Trukikaitis_Postimees, lk 37
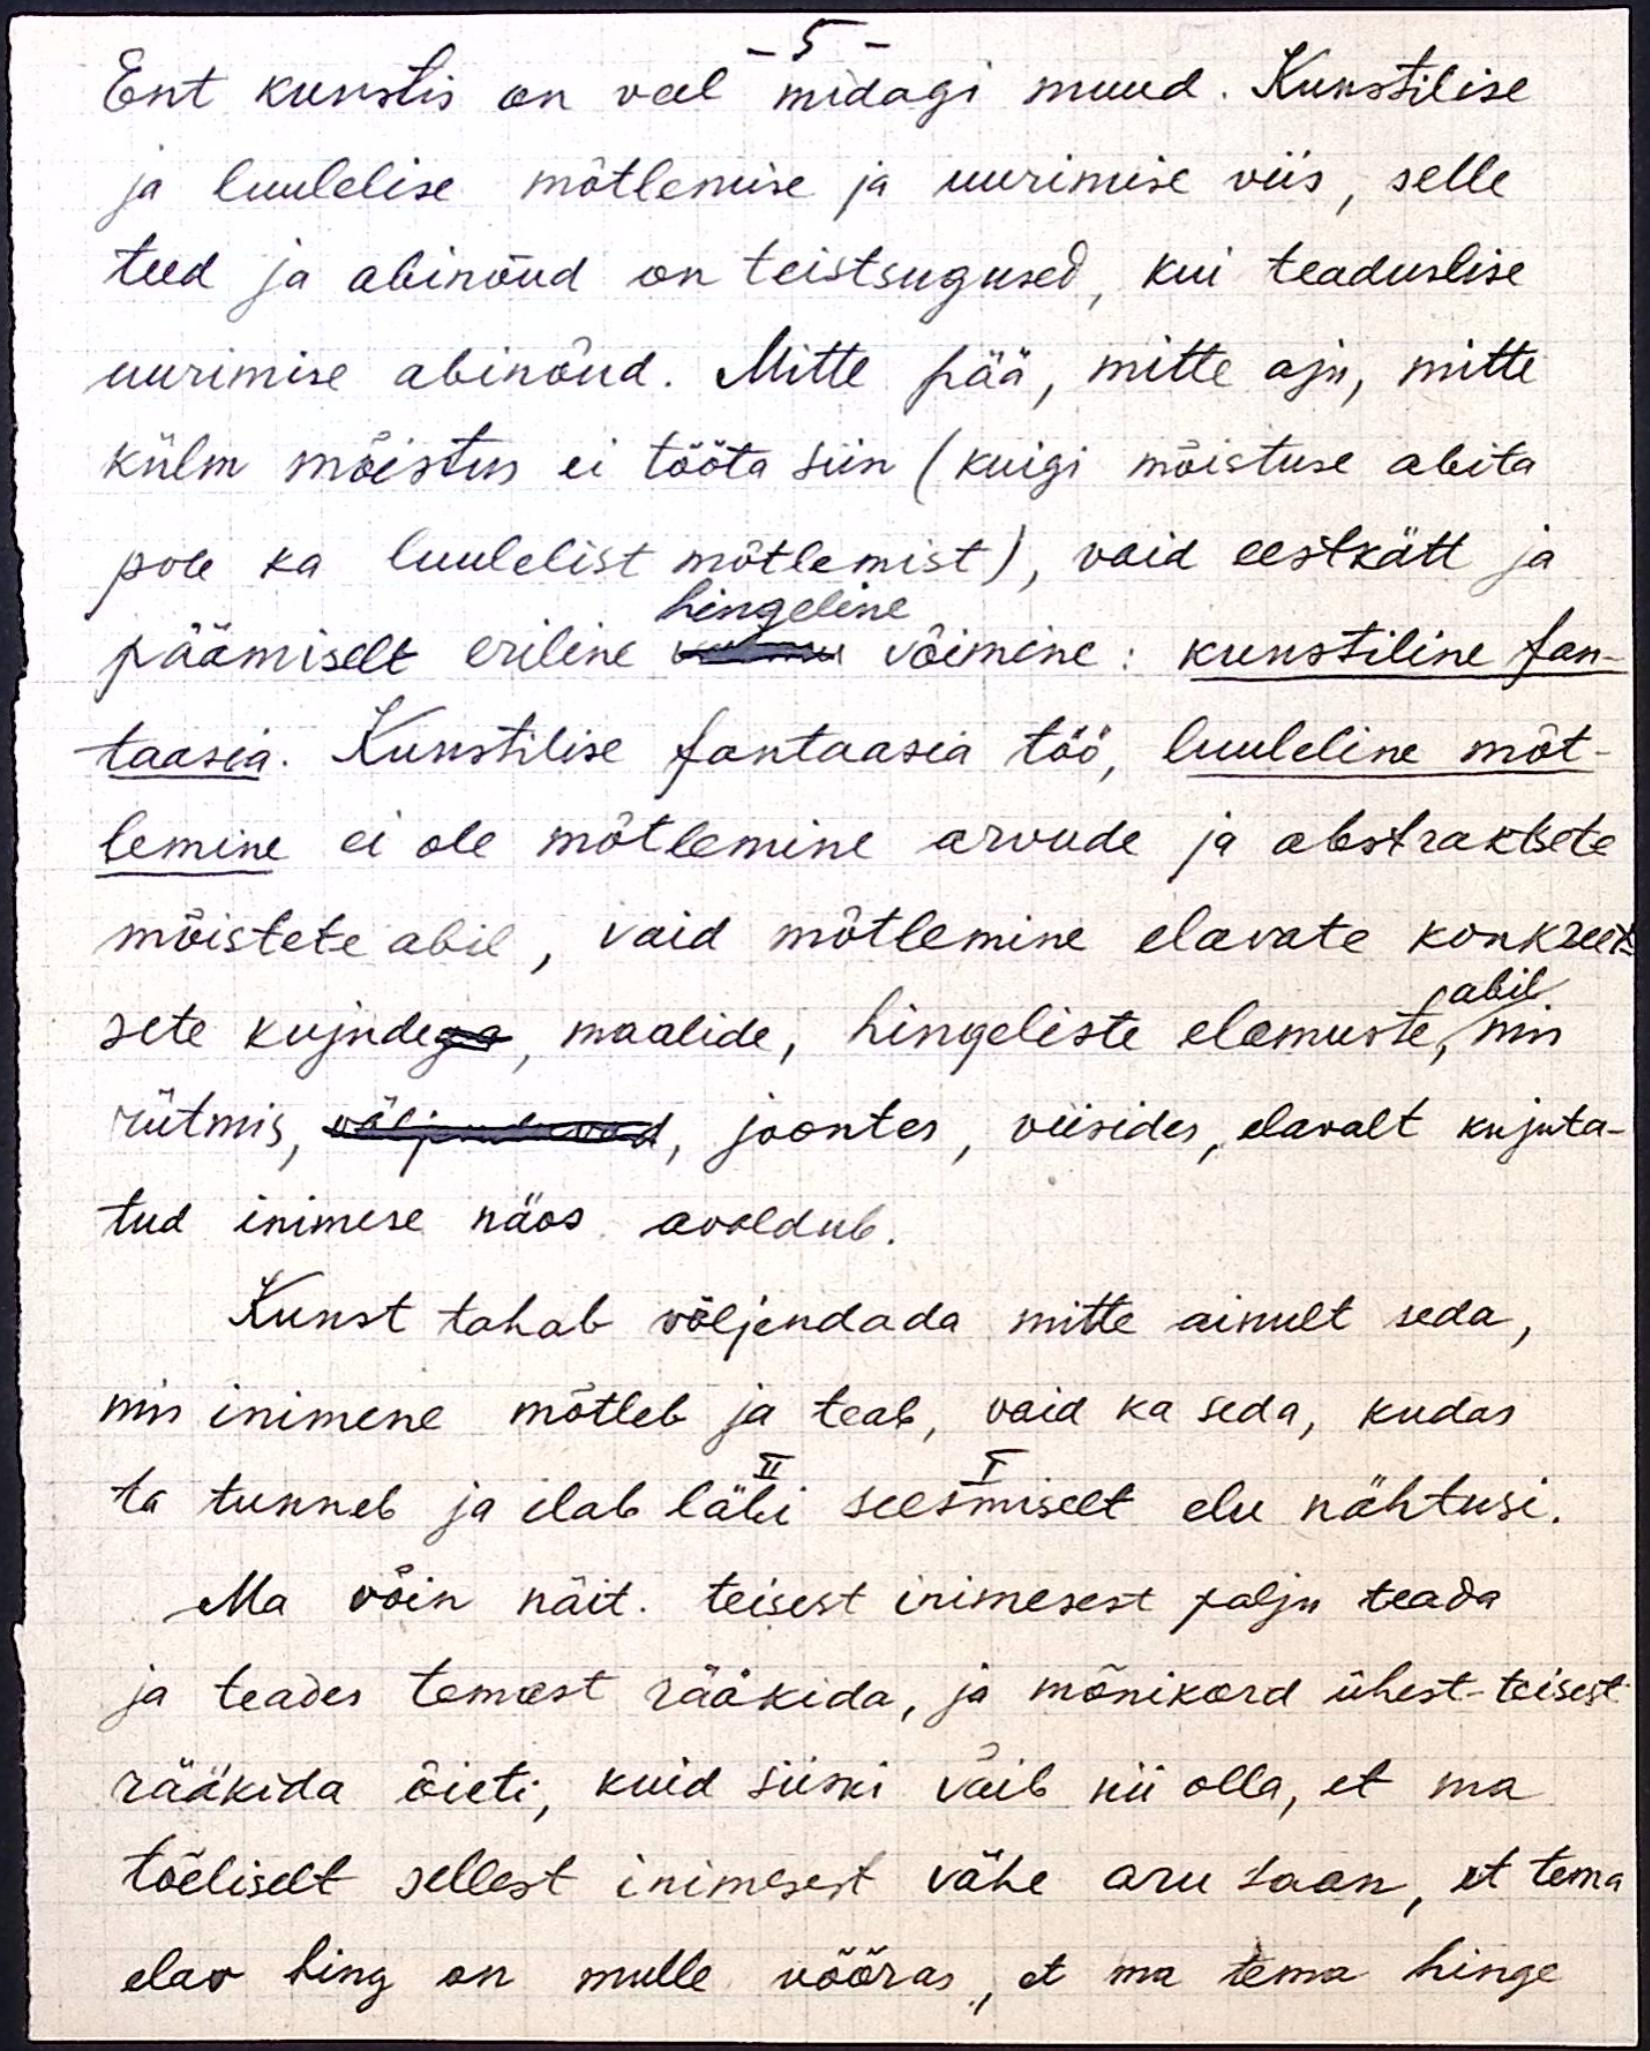
- 5 -
Ent kunstis on veel midagi muud. Kunstilise
ja luulelise mõtlemise ja uurimise viis, selle
teed ja abinõud on teistsugused, kui teaduslise
uurimise abinõud. Mitte pää, mitte aju, mitte
külm mõistus ei tööta siin (kuigi mõistuse abita
pole ka luulelist mõtlemist), vaid eestkätt ja
hingeline
päämiselt eriline xxx võimine: kunstiline fan-
taasia. Kunstilise fantaasia töö, luuleline mõt-
lemine ei ole mõtlemine arvude ja abstraktsete
mõistete abil, vaid mõtlemine elavate konkreet-
abil
sete kujudega, maalide, hingeliste elamuste, mis
rütmis, väljenduvad, joontes, viisides, elavalt kujuta-
tud inimese näos avaldub.
Kunst tahab väljendada mitte ainult seda,
mis inimene mõtleb ja teab, vaid ka seda, kudas
II I
ta tunneb ja elab läbi seesmiselt elu nähtusi.
Ma võin näit. teisest inimesest palju teada
ja teades temast rääkida, ja mõnikord ühest-teisest
rääkida õieti, kuid siiski võib nii olla, et ma
tõeliselt sellest inimesest vähe aru saan, et tema
elav hing on mulle võõras, et ma temma hinge